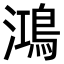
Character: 鴻